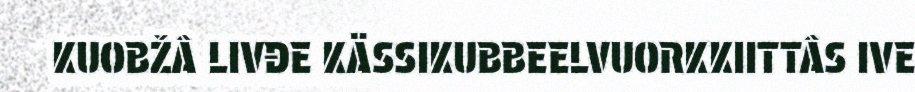
KUOBŽÂ LIVĐE KÄSSIKUBBEELVUORKKIITTÂS IVE